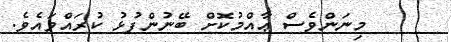
މިނަންވެސް ޢާއްމުކޮށް ބޭނުންފުޅު ކުރައްވައެވެ.